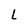
Character: L